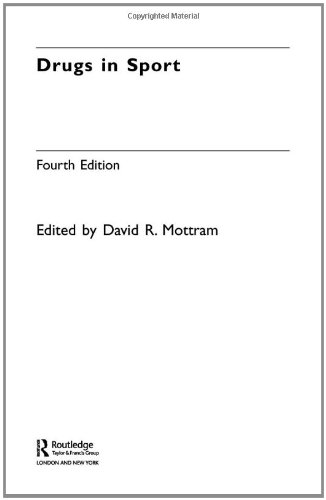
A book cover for Drugs in Sport; Sports & Outdoors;